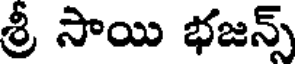
శ్రీ సాయి భజన్స్